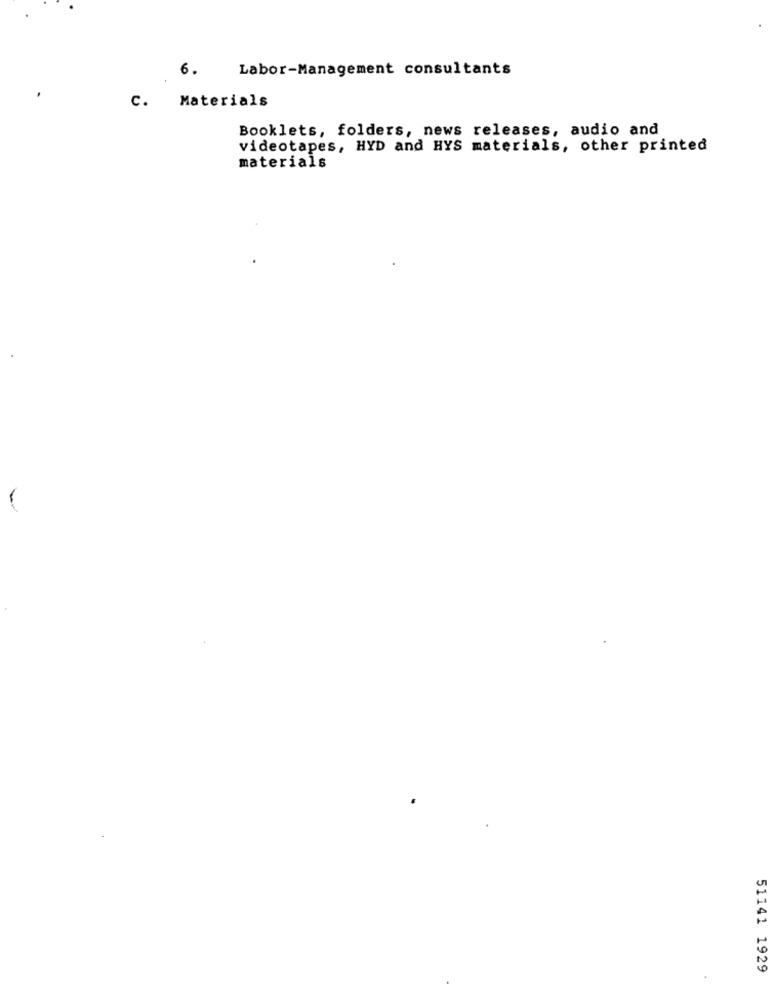
Labor-Management consultants
6.
C. Materials
Booklets, folders, news releases, audio and
videotapes, HYD and HYS materials, other printed
materials
51141 1929